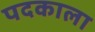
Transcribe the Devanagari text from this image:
पदकाला